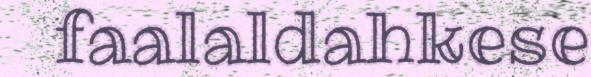
faalaldahkese